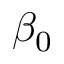
\beta _ { 0 }